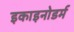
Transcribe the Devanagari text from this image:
इकाइनोडर्म